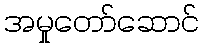
အမှုတော်ဆောင်